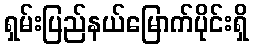
ရှမ်းပြည်နယ်မြောက်ပိုင်းရှိ